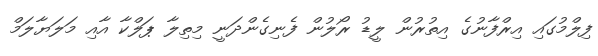
ފިލްމުގައި އިރްފާނުގެ އިތުރުން ލީޑު ރޯލުން ފެނިގެންދަނީ މިތިލާ ޕަލްކާ އާއި މަލަޔާލަމް